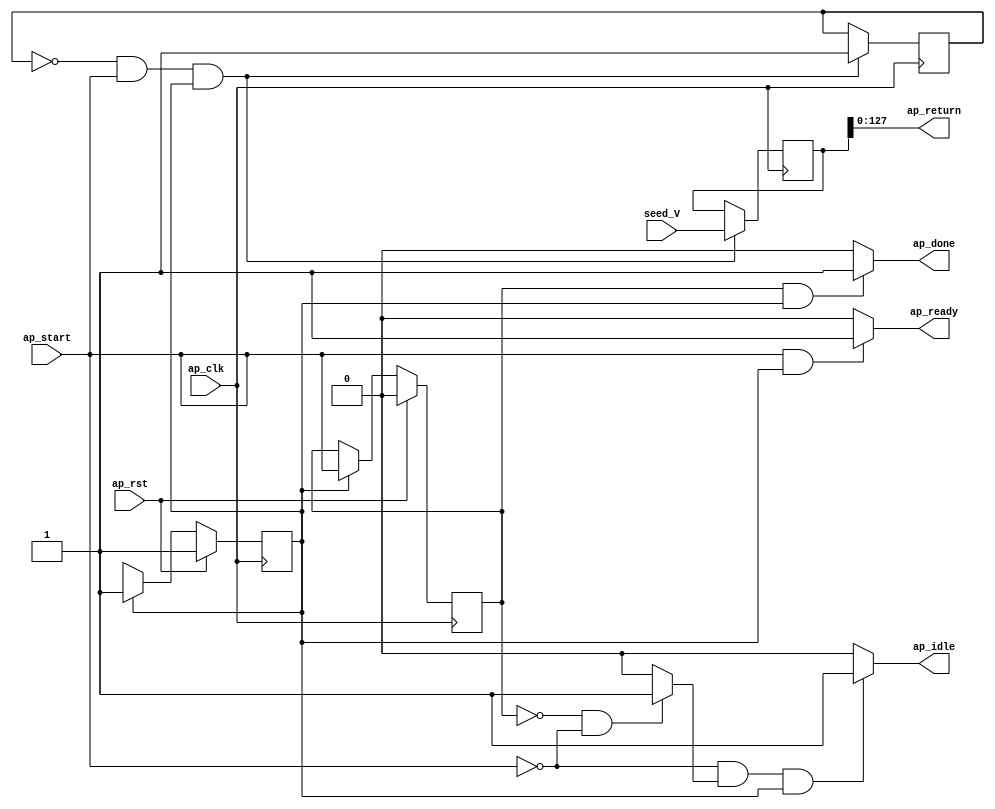
// ==============================================================
// RTL generated by Vivado(TM) HLS - High-Level Synthesis from C, C++ and OpenCL
// Version: 2019.2
// Copyright (C) 1986-2019 Xilinx, Inc. All Rights Reserved.
// 
// ===========================================================

`timescale 1 ns / 1 ps 

module LFSR (
        ap_clk,
        ap_rst,
        ap_start,
        ap_done,
        ap_idle,
        ap_ready,
        seed_V,
        ap_return
);

parameter    ap_ST_fsm_pp0_stage0 = 1'd1;

input   ap_clk;
input   ap_rst;
input   ap_start;
output   ap_done;
output   ap_idle;
output   ap_ready;
input  [129:0] seed_V;
output  [127:0] ap_return;

reg ap_done;
reg ap_idle;
reg ap_ready;

(* fsm_encoding = "none" *) reg   [0:0] ap_CS_fsm;
wire    ap_CS_fsm_pp0_stage0;
wire    ap_enable_reg_pp0_iter0;
wire    ap_block_pp0_stage0;
reg    ap_enable_reg_pp0_iter1;
reg    ap_idle_pp0;
reg    ap_block_state1_pp0_stage0_iter0;
wire    ap_block_state2_pp0_stage0_iter1;
reg    ap_block_pp0_stage0_11001;
reg   [0:0] guard_variable_for_L;
reg   [129:0] regs_V;
wire   [0:0] guard_variable_for_L_1_load_fu_26_p1;
reg    ap_block_pp0_stage0_subdone;
reg   [0:0] ap_NS_fsm;
reg    ap_idle_pp0_0to0;
reg    ap_reset_idle_pp0;
wire    ap_enable_pp0;

// power-on initialization
initial begin
#0 ap_CS_fsm = 1'd1;
#0 ap_enable_reg_pp0_iter1 = 1'b0;
#0 guard_variable_for_L = 1'd0;
#0 regs_V = 130'd0;
end

always @ (posedge ap_clk) begin
    if (ap_rst == 1'b1) begin
        ap_CS_fsm <= ap_ST_fsm_pp0_stage0;
    end else begin
        ap_CS_fsm <= ap_NS_fsm;
    end
end

always @ (posedge ap_clk) begin
    if (ap_rst == 1'b1) begin
        ap_enable_reg_pp0_iter1 <= 1'b0;
    end else begin
        if (((1'b0 == ap_block_pp0_stage0_subdone) & (1'b1 == ap_CS_fsm_pp0_stage0))) begin
            ap_enable_reg_pp0_iter1 <= ap_start;
        end
    end
end

always @ (posedge ap_clk) begin
    if (((guard_variable_for_L_1_load_fu_26_p1 == 1'd0) & (1'b0 == ap_block_pp0_stage0_11001) & (ap_start == 1'b1) & (1'b1 == ap_CS_fsm_pp0_stage0))) begin
        guard_variable_for_L <= 1'd1;
        regs_V <= seed_V;
    end
end

always @ (*) begin
    if ((((ap_start == 1'b0) & (1'b0 == ap_block_pp0_stage0) & (ap_start == 1'b1) & (1'b1 == ap_CS_fsm_pp0_stage0)) | ((1'b0 == ap_block_pp0_stage0_11001) & (ap_enable_reg_pp0_iter1 == 1'b1) & (1'b1 == ap_CS_fsm_pp0_stage0)))) begin
        ap_done = 1'b1;
    end else begin
        ap_done = 1'b0;
    end
end

always @ (*) begin
    if (((ap_start == 1'b0) & (ap_idle_pp0 == 1'b1) & (1'b1 == ap_CS_fsm_pp0_stage0))) begin
        ap_idle = 1'b1;
    end else begin
        ap_idle = 1'b0;
    end
end

always @ (*) begin
    if (((ap_enable_reg_pp0_iter1 == 1'b0) & (ap_enable_reg_pp0_iter0 == 1'b0))) begin
        ap_idle_pp0 = 1'b1;
    end else begin
        ap_idle_pp0 = 1'b0;
    end
end

always @ (*) begin
    if ((ap_enable_reg_pp0_iter0 == 1'b0)) begin
        ap_idle_pp0_0to0 = 1'b1;
    end else begin
        ap_idle_pp0_0to0 = 1'b0;
    end
end

always @ (*) begin
    if (((1'b0 == ap_block_pp0_stage0_11001) & (ap_start == 1'b1) & (1'b1 == ap_CS_fsm_pp0_stage0))) begin
        ap_ready = 1'b1;
    end else begin
        ap_ready = 1'b0;
    end
end

always @ (*) begin
    if (((ap_start == 1'b0) & (ap_idle_pp0_0to0 == 1'b1))) begin
        ap_reset_idle_pp0 = 1'b1;
    end else begin
        ap_reset_idle_pp0 = 1'b0;
    end
end

always @ (*) begin
    case (ap_CS_fsm)
        ap_ST_fsm_pp0_stage0 : begin
            ap_NS_fsm = ap_ST_fsm_pp0_stage0;
        end
        default : begin
            ap_NS_fsm = 'bx;
        end
    endcase
end

assign ap_CS_fsm_pp0_stage0 = ap_CS_fsm[32'd0];

assign ap_block_pp0_stage0 = ~(1'b1 == 1'b1);

always @ (*) begin
    ap_block_pp0_stage0_11001 = ((ap_start == 1'b0) & (ap_start == 1'b1));
end

always @ (*) begin
    ap_block_pp0_stage0_subdone = ((ap_start == 1'b0) & (ap_start == 1'b1));
end

always @ (*) begin
    ap_block_state1_pp0_stage0_iter0 = (ap_start == 1'b0);
end

assign ap_block_state2_pp0_stage0_iter1 = ~(1'b1 == 1'b1);

assign ap_enable_pp0 = (ap_idle_pp0 ^ 1'b1);

assign ap_enable_reg_pp0_iter0 = ap_start;

assign ap_return = regs_V[127:0];

assign guard_variable_for_L_1_load_fu_26_p1 = guard_variable_for_L;

endmodule //LFSR